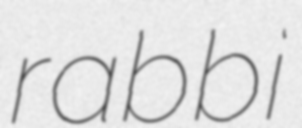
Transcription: rabbi